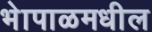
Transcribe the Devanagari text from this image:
भेापाळमधील